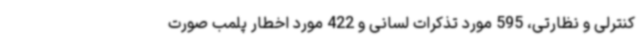
کنترلی و نظارتی، 595 مورد تذکرات لسانی و 422 مورد اخطار پلمب صورت